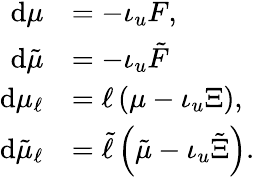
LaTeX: \begin{array}{rl}{\mathrm{d}\mu}&{=-\iota_{u}F,}\\ {\mathrm{d}\tilde{\mu}}&{=-\iota_{u}\tilde{F}}\\ {\mathrm{d}\mu_{\ell}}&{=\ell\left(\mu-\iota_{u}\Xi\right),}\\ {\mathrm{d}\tilde{\mu}_{\ell}}&{=\tilde{\ell}\left(\tilde{\mu}-\iota_{u}\tilde{\Xi}\right).}\end{array}